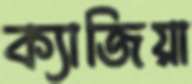
ক্যাজিয়া